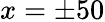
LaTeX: x=\pm 50